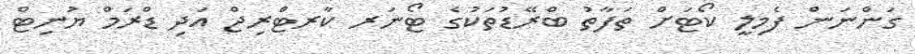
ގަންނަން ފެމިލީ ކޯޓަށް ތަފާތު ބްރޭޑުތަކުގެ ޓޯނަރ ކާރޓްރިޖް އަދި ޑްރަމް ޔުނިޓް